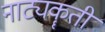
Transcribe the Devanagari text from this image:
नाट्यकॄती